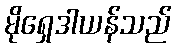
မိုရှေဒါယန်သည်